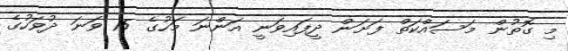
މި ގޮތުން މަސައްކަތް ފަށަން ދީފައިވަނީ އަންނަ މަހުގެ 15 ވަނަ ދުވަހުގެ